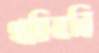
থারিয়ানি